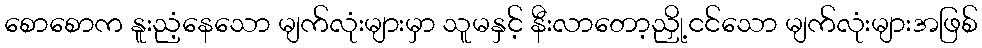
စောစောက နူးညံ့နေသော မျက်လုံးများမှာ သူမနှင့် နီးလာတော့ညှို့ငင်သော မျက်လုံးများအဖြစ်